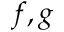
f , g